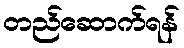
တည်ဆောက်ရန်